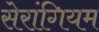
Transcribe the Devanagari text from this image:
सेरांगियम